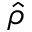
\hat { \rho }